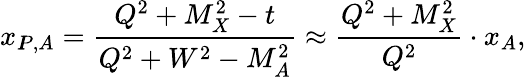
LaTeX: x_{I\! \! P,A}=\frac{Q^{2}+M_{X}^{2}-t}{Q^{2}+W^{2}-M_{A}^{2}}\approx\frac{Q^{2}+M_{X}^{2}}{Q^{2}}\cdot x_{A},